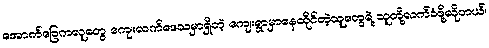
အောက်ခြေကလူတွေ ကျေးလက်ဒေသမှာရှိတဲ့ ကျေးရွာမှာနေထိုင်တဲ့သူတွေရဲ့ သူတို့လက်ခံဖို့လိုတယ်၊